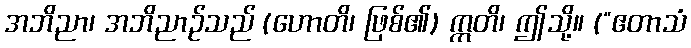
အဘိညာ၊ အဘိညာဉ်သည် (ဟောတိ၊ ဖြစ်၏) ဣတိ၊ ဤသို့။ (“ဧတာသံ